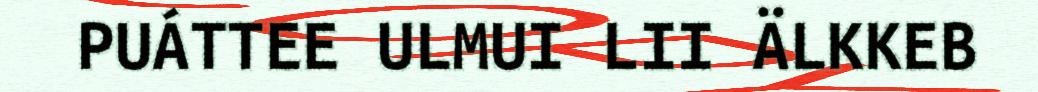
PUÁTTEE ULMUI LII ÄLKKEB